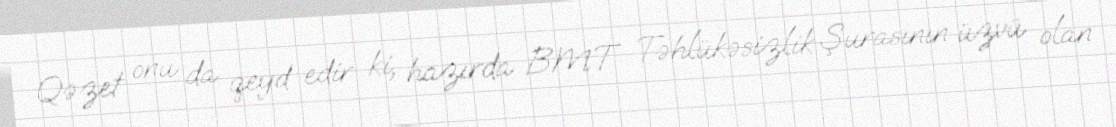
Qəzet onu da qeyd edir ki, hazırda BMT Təhlükəsizlik Şurasının üzvü olan